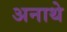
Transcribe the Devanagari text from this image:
अनाथे